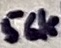
Text: 56k